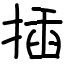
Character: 插